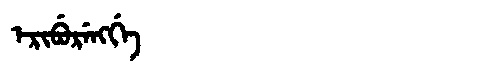
Manchu: ᡝᡵᡳᠪᡠᡵᡝᠩᡤᡝ
Romanization: ERIBURENGGE